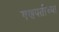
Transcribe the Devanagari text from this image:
गणपतींच्या